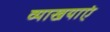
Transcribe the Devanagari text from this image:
व्याखयाएं